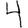
Digit: 4